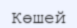
Көшей